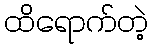
ထိရောက်တဲ့